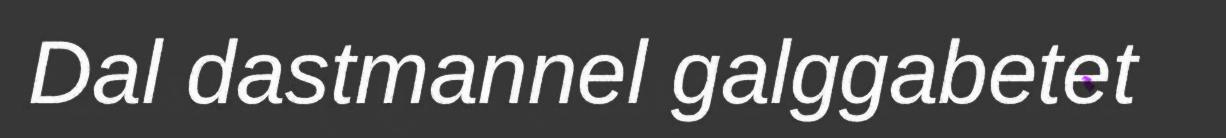
Dal dastmannel galggabetet